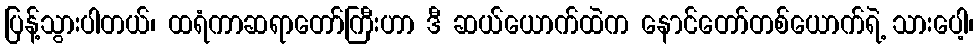
ပြန့်သွားပါတယ်၊ ထရံကာဆရာတော်ကြီးဟာ ဒီ ဆယ်ယောက်ထဲက နောင်တော်တစ်ယောက်ရဲ့ သားပေါ့၊